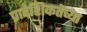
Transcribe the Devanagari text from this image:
प्रादेशिकतेच्या